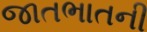
જાતભાતની